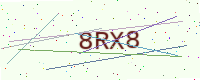
Text: 8RX8